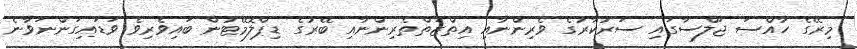
މިރޭގެ ހާއްސަ ޖަލްސާގައި ސަރުކާރުގެ ވެރިންނާއި އިތްޒަތްތެރިންނާއި ބޭރުގެ ޑިޕްލޮމޭޓުން ބައިވެރިވެ ވަޑައިގަންނަވާނެ